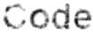
CODE